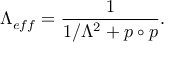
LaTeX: \Lambda _ { e f f } = \frac { 1 } { 1 / \Lambda ^ { 2 } + p \circ p } .